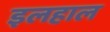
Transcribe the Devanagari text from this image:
इलहाल